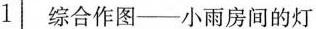
1 综合作图--小雨房间的灯